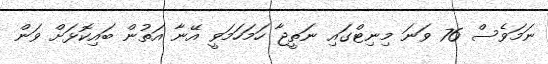
ނަމަވެސް 76 ވަނަ މިނިޓްގައި ނަތީޖާ ހަމަހަމަވީ އޭނާ އަތުން ބައިކޮޅަށް ވަން